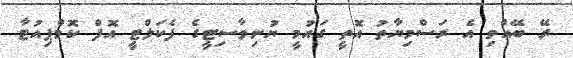
ރޭ ބޭއްވި އެ ރަސްމިޔާތު އޮތީ ގައުމީ ޔުނިވާސިޓީގެ ފެކަލްޓީ އޮފް ކޮމްޕިއުޓާ